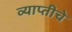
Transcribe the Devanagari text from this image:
व्याप्तीचे